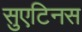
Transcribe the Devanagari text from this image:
सुएटिनस